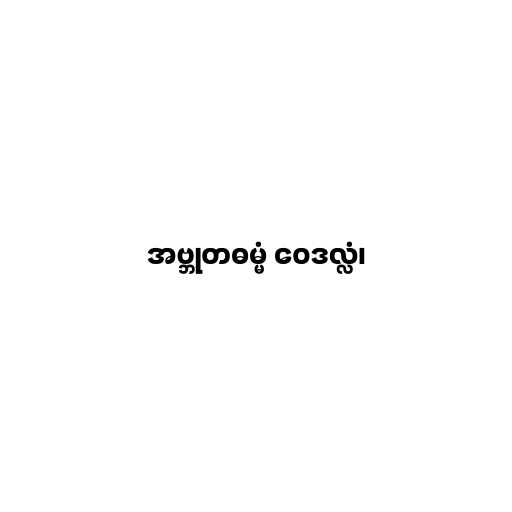
အဗ္ဘုတဓမ္မံ ဝေဒလ္လံ၊